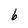
Character: b